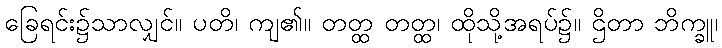
ခြေရင်း၌သာလျှင်။ ပတိ၊ ကျ၏။ တတ္ထ တတ္ထ၊ ထိုသို့အရပ်၌။ ဌိတာ ဘိက္ခူ၊